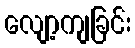
လျော့ကျခြင်း